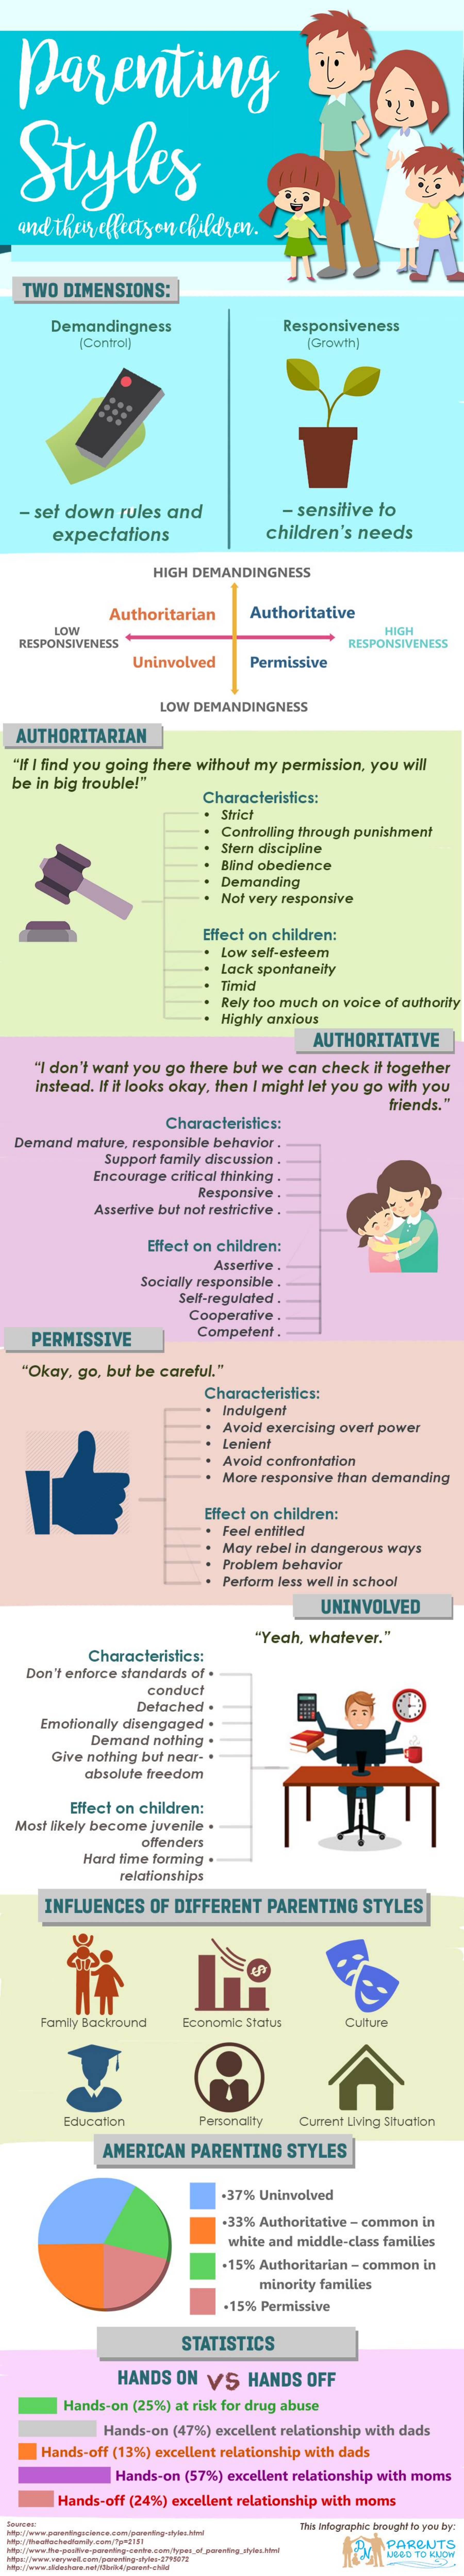
parenting
  Styles
  and their effects on children.
   TWO DIMENSIONS:
     Demandingness    Responsiveness
     Control)    [Growth)
  - set down  rules and    - sensitive to
     expectations    children's needs
     HIGH DEMANDINGNESS
     Authoritarian   Authoritative
     LOW
  RESPONSIVENESS
     HIGH
     RESPONSIVENESS
     Uninvolved   Permissive
     LOW DEMANDINGNESS
  AUTHORITARIAN
  "If I find you going there without my permission, you will
  be in big trouble!"
     Characteristics:
     Strict
     Controlling through punishment
     Stern discipline
     Blind obedience
     Demanding
     Not very responsive
     Effect on children:
     Low self-esteem
     Lack spontaneity
     Timid
     Rely too much on voice of authority
     Highly anxious
     AUTHORITATIVE
    "I don't want you go there but we can check it together
    instead. If it looks okay, then I might let you go with you
     friends."
     Characteristics:
  Demand mature, responsible behavior .
     Support family discussion .
     Encourage critical thinking .
     Responsive .
     Assertive but not restrictive .
     Effect on children:
     Assertive -
     Socially responsible .
     Self-regulated .
     Cooperative .
    PERMISSIVE    Competent .
   "Okay, go, but be careful."
     Characteristics:
     Indulgent
     Avoid exercising overt power
     Lenient
     Avoid confrontation
     More responsive than demanding
     Effect on children:
     · Feel enfilled
     . May rebel in dangerous ways
     Problem behavior
     Perform less well in school
     UNINVOLVED
     "Yeah, whatever."
     Characteristics:
   Don't enforce standards of .
     conduct
     Detached .
     Emotionally disengaged .
     Demand nothing .
     Give nothing but near- .
     absolute freedom
     Effect on children:
  Most likely become juvenile .
     offenders
     Hard time forming .
     relationships
     INFLUENCES OF DIFFERENT  PARENTING  STYLES
     Famlly Backround Economic Status   Culture
     Education    Personality Current Living Situation
     AMERICAN  PARENTING  STYLES
     -37% Uninvolved
     +33% Authoritative - common in
     white and middle-class families
     .15% Authoritarian - common in
     minority families
     +15% Permissive
     STATISTICS
     HANDS ON  VS  HANDS  OFF
     Hands-on (25%) at risk for drug abuse
     Hands-on (47%) excellent relationship with dads
     Hands-off (13%) excellent relationship with dads
     Hands-on (57%) excellent relationship with moms
     Hands-off (24%) excellent relationship with moms
     This Infographic brought to you by:
     PARBUTS
     USED TO KNOW